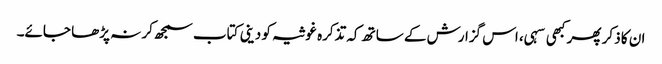
ان کا ذکر پھر کبھی سہی، اس گزارش کے ساتھ کہ تذکرہ غوثیہ کو دینی کتاب سمجھ کر نہ پڑھا جائے۔